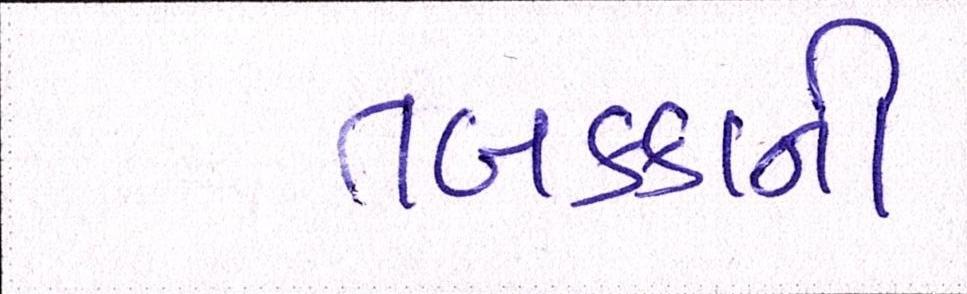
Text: તબક્કાની